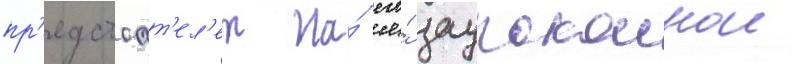
пр'едстоат'ел'ем на́ его́ заупокоинои